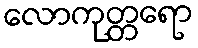
လောကုတ္တရော